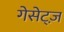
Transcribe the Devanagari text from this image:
गेसेट्ज़